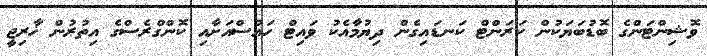
ވޮޝިންޓަންގެ ބޮޑުބަޔަކުން ކަރަންޓް ކަނޑައިގެން ދިޔުމާއެކު ވައިޓް ހައުސްއަށާއި ކޮންގްރެސްގެ އިތުރުން ޚާރިޖީ